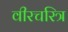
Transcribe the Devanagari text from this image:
वीरचरित्र